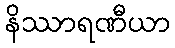
နိဿာရဏီယာ